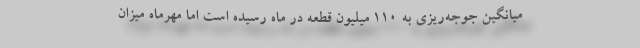
میانگین جوجه‌ریزی به ۱۱۰ میلیون قطعه در ماه رسیده است اما مهرماه میزان